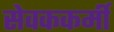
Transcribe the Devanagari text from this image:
सेवककर्मी